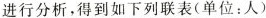
进行分析，得到如下列联表(单位：人)